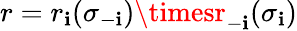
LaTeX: r=r_{\mathbf{i}}(\sigma_{-\mathbf{i}})\timesr_{-\mathbf{i}}(\sigma_{\mathbf{i}})